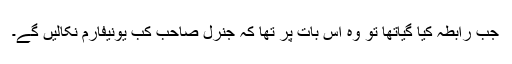
جب رابطہ کیا گیاتھا تو وہ اس بات پر تھا کہ جنرل صاحب کب یونیفارم نکالیں گے۔